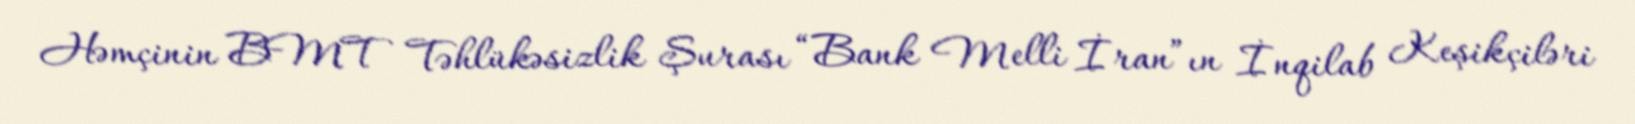
Həmçinin BMT Təhlükəsizlik Şurası “Bank Melli İran”ın İnqilab Keşikçiləri